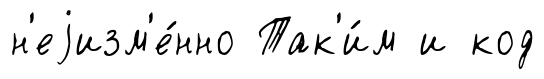
н'еjизм'е́нно Так'и́м и код